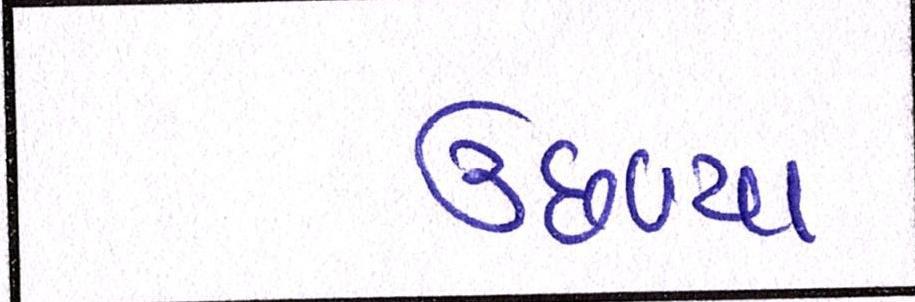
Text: ઉછળ્યા